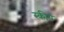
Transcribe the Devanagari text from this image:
स्कीप